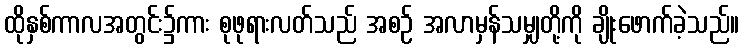
ထိုနှစ်ကာလအတွင်း၌ကား စုဖုရားလတ်သည် အစဉ် အလာမှန်သမျှတို့ကို ချိုးဖောက်ခဲ့သည်။